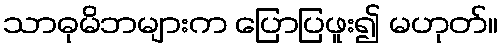
သာဓုမိဘများက ပြောပြဖူး၍ မဟုတ်။